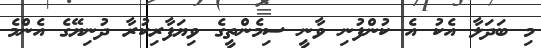
މި ބަދަލާ އެކު އެ ކުންފުނި ވާނީ ސިމެންތީގެ ވިޔަފާރިކުރާ ދުނިޔޭގެ އެންމެ